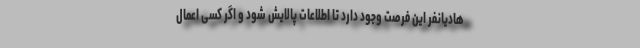
هادیانفر این فرصت وجود دارد تا اطلاعات پالایش شود و اگر کسی اعمال